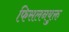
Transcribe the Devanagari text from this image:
फिसलनयुक्त